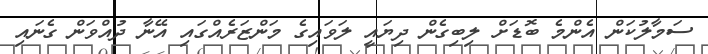
ސަމާލުކަން އެންމެ ބޮޑަށް ލިބިގެން ދިޔައީ ލަވައިގެ މަންޒަރެއްގައި އޭނާ ދުއްވަން ގެނައި